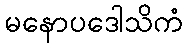
မနောပဒေါသိကံ